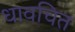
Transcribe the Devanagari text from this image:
धावचित